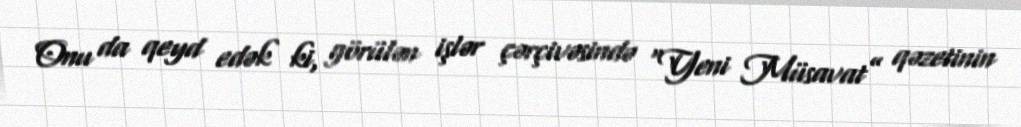
Onu da qeyd edək ki, görülən işlər çərçivəsində “Yeni Müsavat” qəzetinin